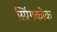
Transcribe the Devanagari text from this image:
स्प्रिंगकोक